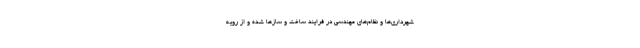
شهرداری‌ها و نظام‌های مهندسی در فرایند ساخت و سازها شده و از رویه